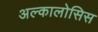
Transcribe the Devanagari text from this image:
अल्कालोसिस